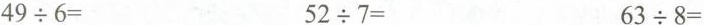
$$4 9 {\div} 6 =$$ $$5 2 {\div} 7 =$$ $$6 3 {\div} 8 =$$